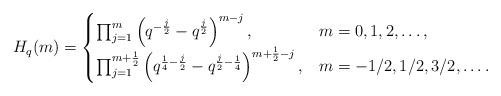
LaTeX: \begin{align*}H_q(m)=\begin{cases}\prod_{j=1}^m\left(q^{-\frac j2}-q^{\frac j2}\right)^{m-j}, & m=0,1,2,\dots,\\\prod_{j=1}^{m+\frac 12}\left(q^{\frac 14-\frac j2}-q^{\frac j2-\frac 14}\right)^{m+\frac 12-j}, & m=-1/2,1/2,3/2,\dots.\end{cases} \end{align*}